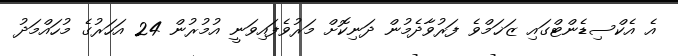
އެ އެކްސިޑެންޓްގައި ޒަޚަމްވެ ފަރުވާދެމުން ދަނިކޮށް މަރުވެފައިވަނީ އުމުރުން 24 އަހަރުގެ މުހައްމަދު